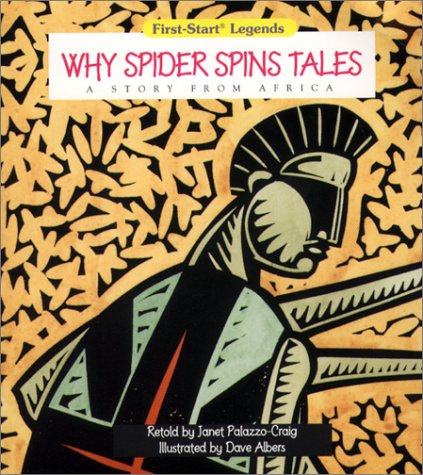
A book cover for Why Spider Spins Tales: A Story from Africa (First-Start Legends); Janet Palazzo-Craig; Children's Books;